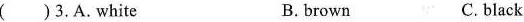
()3.A.white B.brown C.black